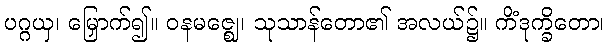
ပဂ္ဂယှ၊ မြှောက်၍။ ဝနမဇ္ဈေ၊ သုသာန်တော၏ အလယ်၌။ ကိံဒုက္ခိတော၊